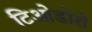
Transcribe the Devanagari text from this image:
टिओडोरो